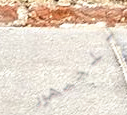
للجمهور